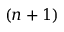
( n + 1 )